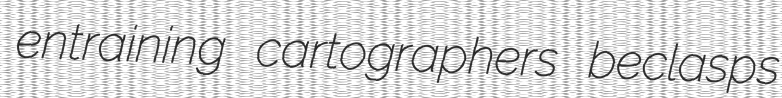
entraining cartographers beclasps